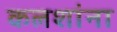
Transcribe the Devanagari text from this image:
कलशांना